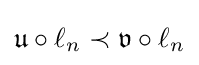
{\mathfrak {u}}\circ \ell _{n}\prec {\mathfrak {v}}\circ \ell _{n}